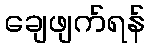
ချေဖျက်ရန်